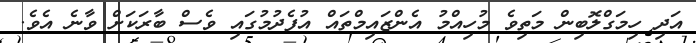
އަދި ހިމަގްލޮބިން މަތިވެ މުހިއްމު އެންޒައިމްތައް އުފެދުމުގައި ވެސް ބާރަކަށް ވާނެ އެވެ.